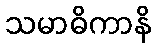
သမာဓိကာနိ